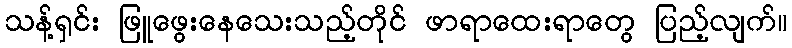
သန့်ရှင်း ဖြူဖွေးနေသေးသည့်တိုင် ဖာရာထေးရာတွေ ပြည့်လျက်။